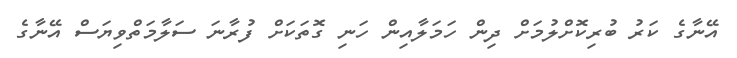
އޭނާގެ ކަރު ބުރިކޮށްލުމަށް ދިން ހަމަލާއިން ހަނި ގޮތަކަށް ފުރާނަ ސަލާމަތްވިޔަސް އޭނާގެ